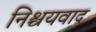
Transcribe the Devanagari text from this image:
निश्चयवाद